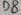
Text: D8